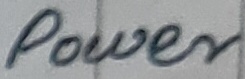
Text: power